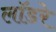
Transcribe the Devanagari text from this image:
लॉडरे